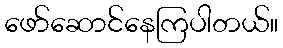
ဖော်ဆောင်နေကြပါတယ်။